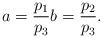
LaTeX: \begin{gather*}a= \frac{p_{1}}{p_{3}} b = \frac{p_{2}}{p_{3}}.\end{gather*}